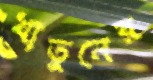
খাতুনের